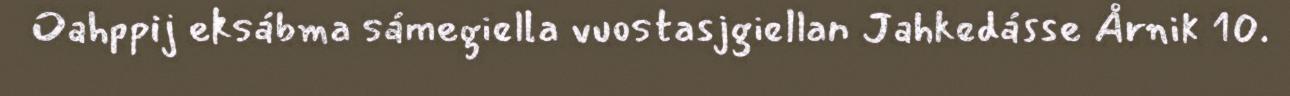
Oahppij eksábma sámegiella vuostasjgiellan Jahkedásse Årnik 10.